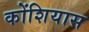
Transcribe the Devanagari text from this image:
कोंशियास